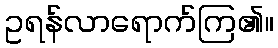
ဥရန်လာရောက်ကြ၏။